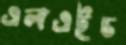
এলএইচ